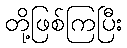
တို့ဖြစ်ကြပြီး